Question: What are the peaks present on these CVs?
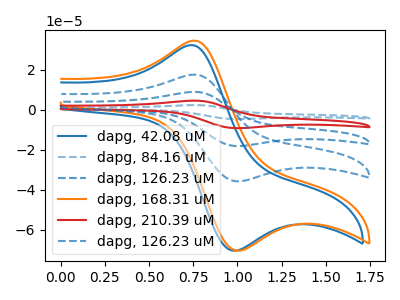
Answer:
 <answer>The blue curve "dapg, 42.08 uM" has an anodic peak at (0.75V, 32.25uA) and a cathodic peak at (1.00V, -70.45uA). The blue dashed curve "dapg, 84.16 uM" has an anodic peak at (0.75V, 70.05uA) and a cathodic peak at (1.00V, -143.20uA). The blue dashed curve "dapg, 126.23 uM" has an anodic peak at (0.75V, 35.05uA) and a cathodic peak at (1.00V, -71.60uA). The orange curve "dapg, 168.31 uM" has an anodic peak at (0.75V, 34.45uA) and a cathodic peak at (1.00V, -70.45uA). The red curve "dapg, 210.39 uM" has an anodic peak at (0.75V, 52.55uA) and a cathodic peak at (1.00V, -107.40uA). The blue dashed curve "dapg, 126.23 uM" has an anodic peak at (0.75V, 17.50uA) and a cathodic peak at (1.00V, -35.80uA).</answer>
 <eval></eval>